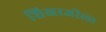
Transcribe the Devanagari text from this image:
शिखरजीला